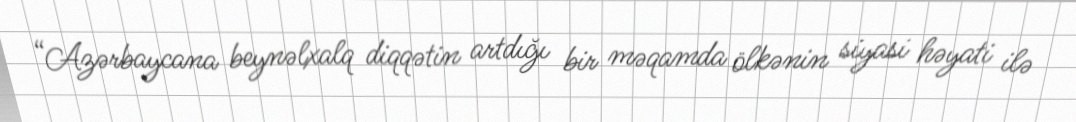
“Azərbaycana beynəlxalq diqqətin artdığı bir məqamda ölkənin siyasi həyati ilə